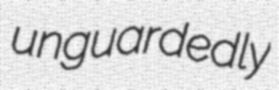
unguardedly